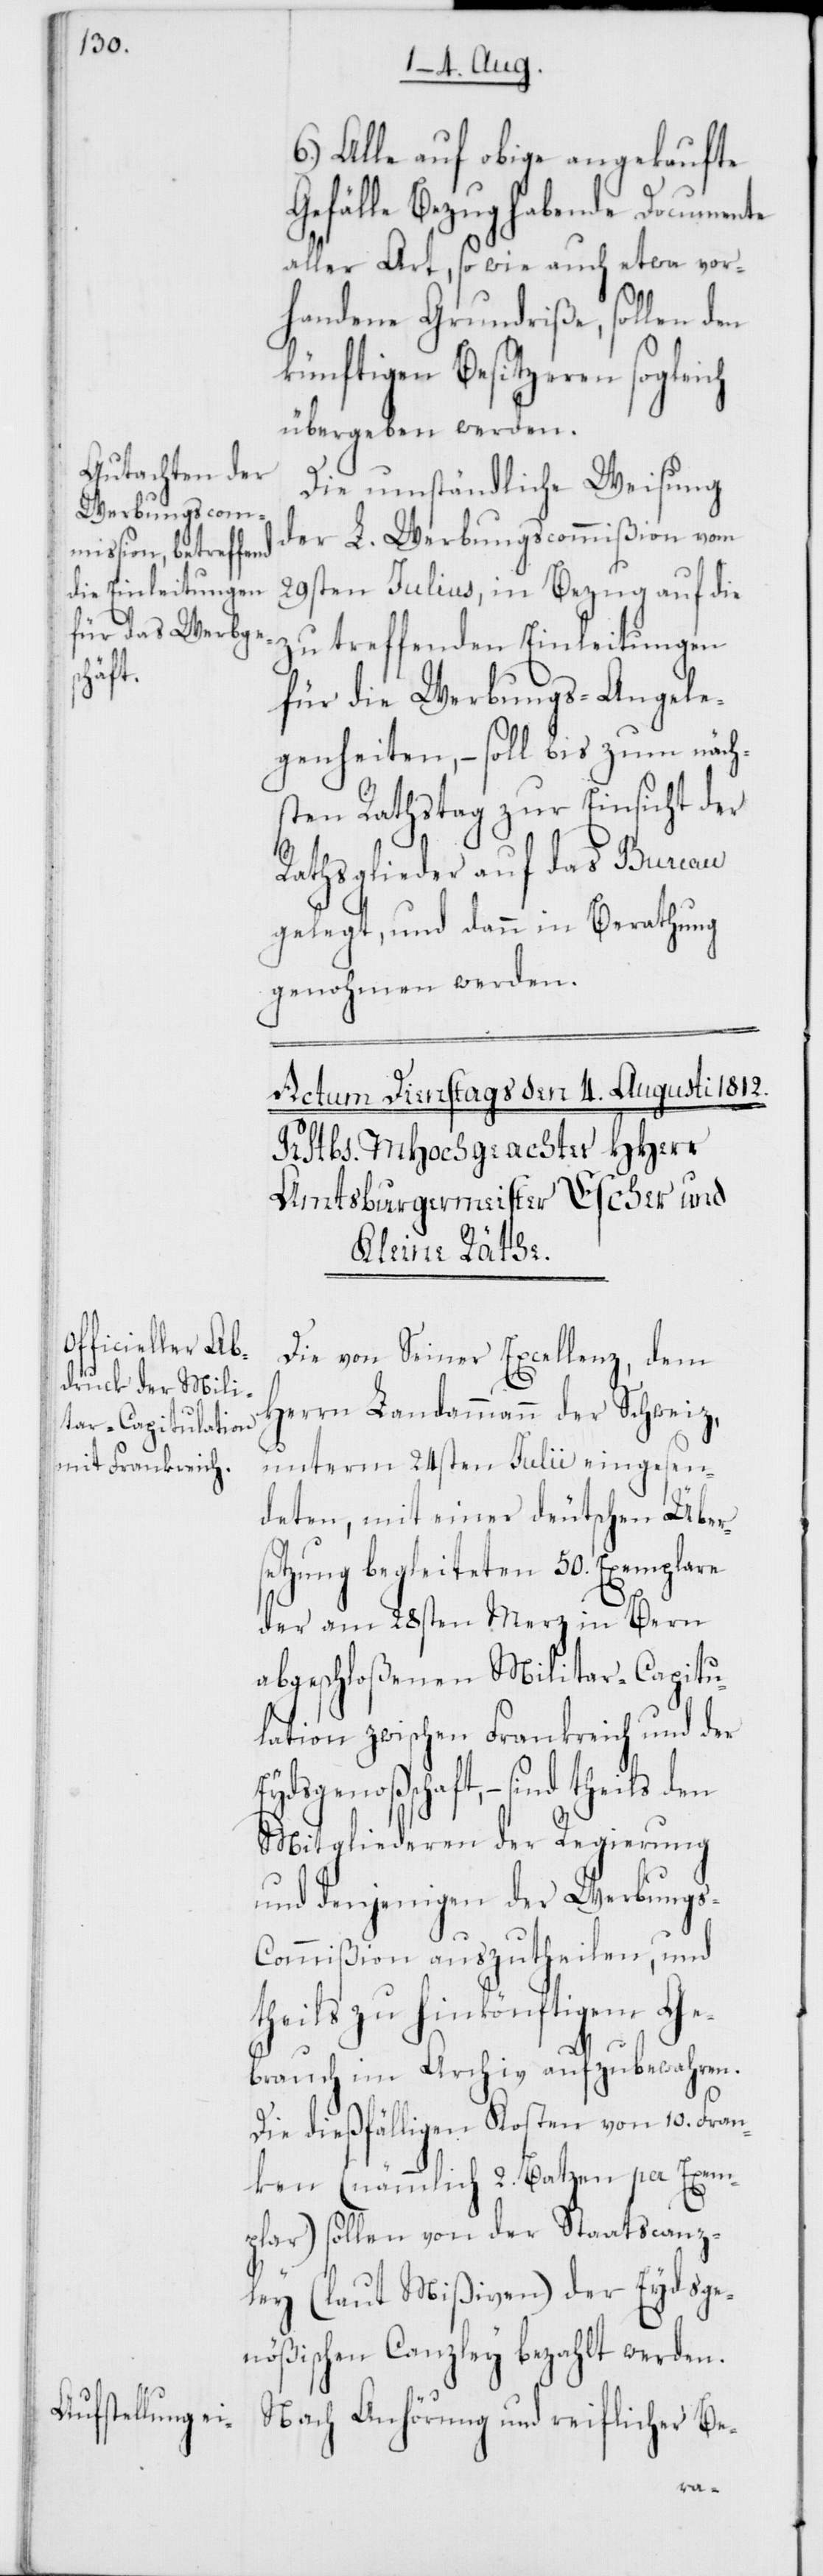
6.) Alle auf obige angekaufte
Gefälle Bezug habende Documente
aller Art, so wie auch etwa vor¬
handene Grundriße, sollen den
künftigen Besitzeren sogleich
übergeben werden.
Die umständliche Weisung
der L. Werbungscommißion vom
29sten Julius, in Bezug auf die
zu treffenden Einleitungen
für die Werbungs-Angele¬
genheiten, – soll bis zum näch¬
sten Rathstag zur Einsicht der
Rathsglieder auf das Bureau
gelegt, und dann in Berathung
genohmen werden.
Die von Seiner Excellenz, dem
Herrn Landammann der Schweiz,
unterm 24sten Julii eingesen¬
deten, mit einer deutschen Über¬
setzung begleiteten 50. Exemplare
der am 28sten Merz in Bern
abgeschloßenen Militar-Capitu¬
lation zwischen Frankreich und der
Eydsgenoßenschaft, – sind
Mitgliederen der Regierung
und denjenigen der Werbung¬
s-Commißion auszutheilen, und
theils zu hinkönftigem Ge¬
brauch im Archiv aufzubewahren.
Die dießfälligen Kosten von 10. Fran¬
ken (nämmlich 2. Batzen per Exem¬
plar) sollen von der Staatscanz¬
ley (laut Mißiven) der Eydsge¬
nößischen Canzley bezahlt werden.
Nach Anhörung und reiflicher Be-